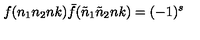
f ( n _ { 1 } n _ { 2 } n k ) { \bar { f } } ( { \tilde { n } } _ { 1 } { \tilde { n } } _ { 2 } n k ) = ( - 1 ) ^ { s }